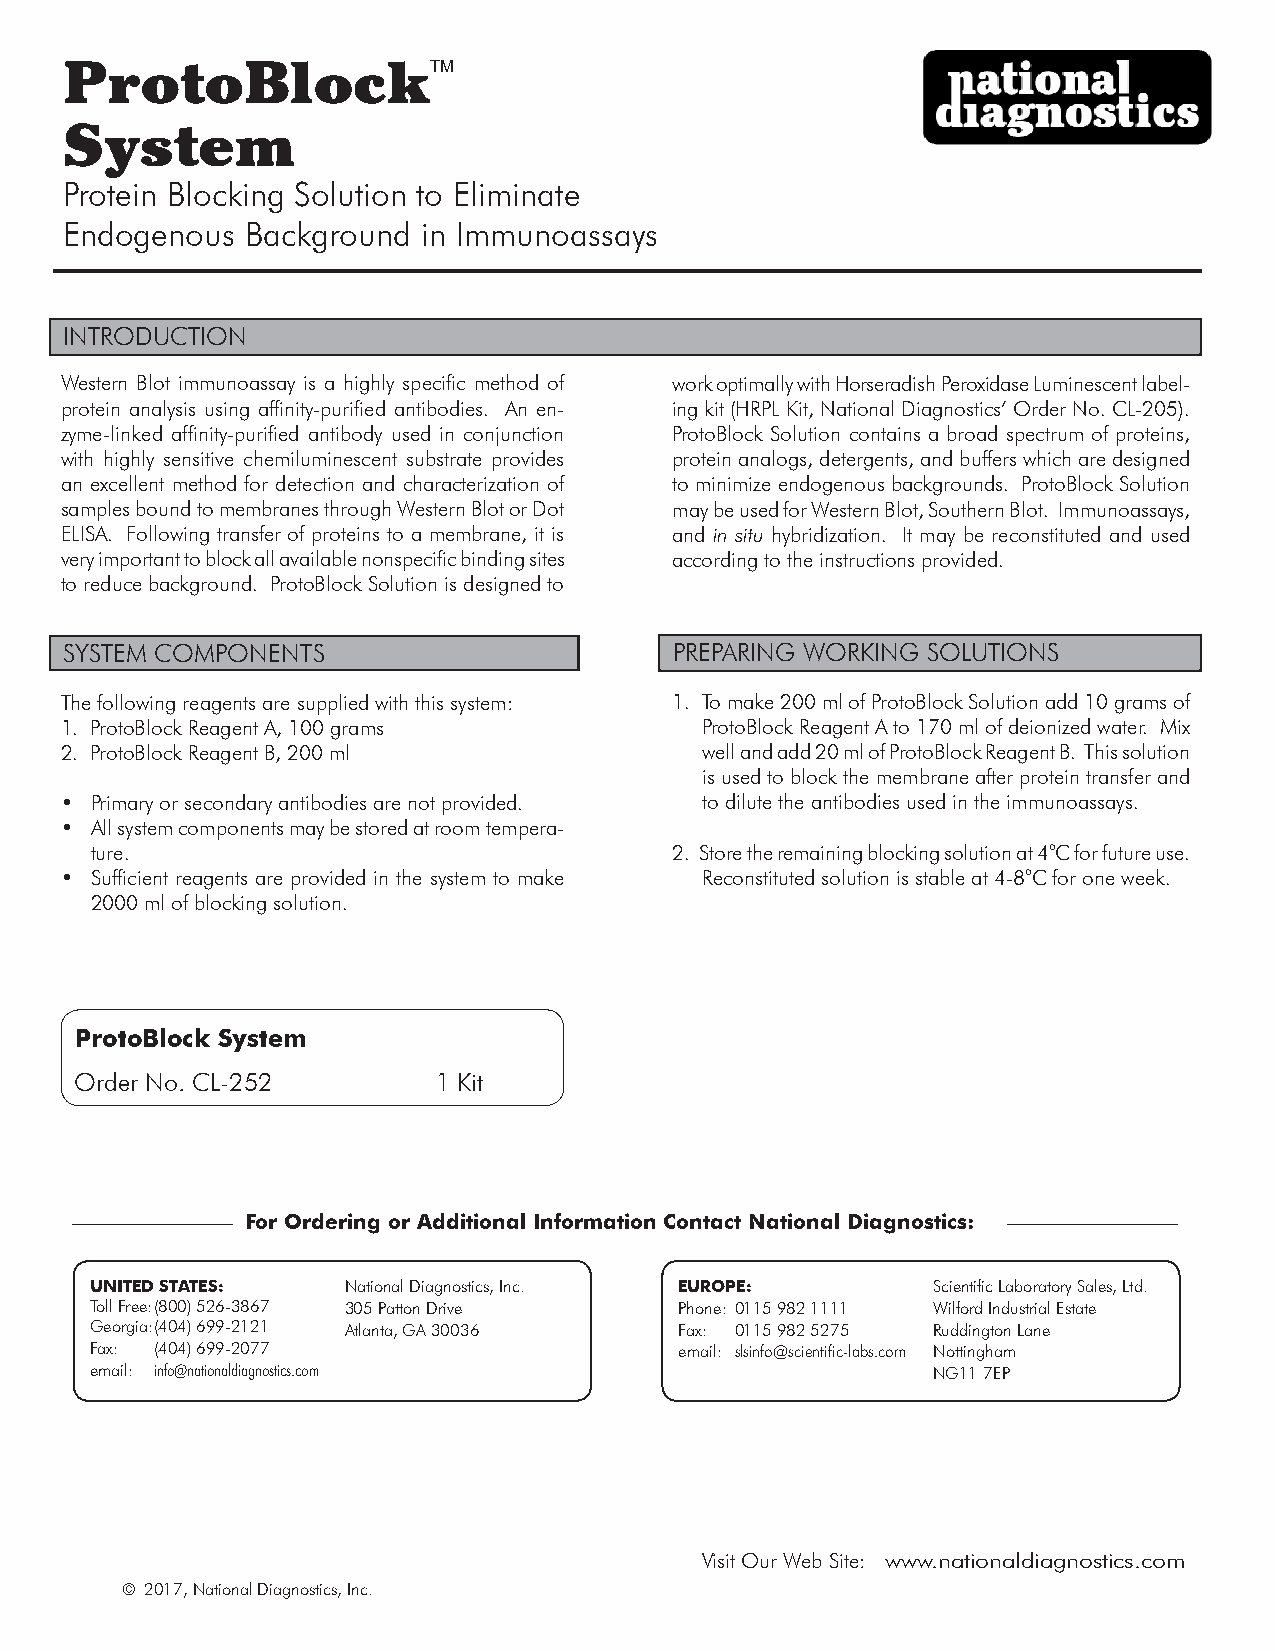
ProtoBlockTM
 System
 Protein Blocking Solution to Eliminate
 Endogenous  Background  in Immunoassays
 INTRODUCTION
 Western Blot immunoassay is a highly specific method of work optimally with Horseradish Peroxidase Luminescent label-
 protein analysis using affinity-purified antibodies. An en- ing kit (HRPL Kit, National Diagnostics’ Order No. CL-205).
 zyme-linked affinity-purified antibody used in conjunction ProtoBlock Solution contains a broad spectrum of proteins,
 with highly sensitive chemiluminescent substrate provides protein analogs, detergents, and buffers which are designed
 an excellent method for detection and characterization of to minimize endogenous backgrounds. ProtoBlock Solution
 samples bound to membranes through Western Blot or Dot may be used for Western Blot, Southern Blot. Immunoassays,
 ELISA. Following transfer of proteins to a membrane, it is and in situ hybridization. It may be reconstituted and used
 very important to block all available nonspecific binding sites according to the instructions provided.
 to reduce background. ProtoBlock Solution is designed to
 SYSTEM COMPONENTS                        PREPARING WORKING SOLUTIONS
 The following reagents are supplied with this system: 1. To make 200 ml of ProtoBlock Solution add 10 grams of
 1. ProtoBlock Reagent A, 100 grams        ProtoBlock Reagent A to 170 ml of deionized water. Mix
 2. ProtoBlock Reagent B, 200 ml           well and add 20 ml of ProtoBlock Reagent B. This solution
 is used to block the membrane after protein transfer and
 • Primary or secondary antibodies are not provided. to dilute the antibodies used in the immunoassays.
 • All system components may be stored at room tempera-
 ture.                                  2. Store the remaining blocking solution at 4oC for future use.
 • Sufficient reagents are provided in the system to make Reconstituted solution is stable at 4-8oC for one week.
 2000 ml of blocking solution.
 ProtoBlock System
 Order No. CL-252        1 Kit
 For Ordering or Additional Information Contact National Diagnostics:
 UNITED STATES:   National Diagnostics, Inc. EUROPE:     Scientific Laboratory Sales, Ltd.
 Toll Free: (800) 526-3867 305 Patton Drive Phone: 0115 982 1111 Wilford Industrial Estate
 Georgia: (404) 699-2121 Atlanta, GA 30036 Fax: 0115 982 5275 Ruddington Lane
 Fax: (404) 699-2077                    email: slsinfo@scientific-labs.com Nottingham
 email: info@nationaldiagnostics.com                     NG11 7EP
 Visit Our Web Site: www.nationaldiagnostics.com
 © 2017, National Diagnostics, Inc.